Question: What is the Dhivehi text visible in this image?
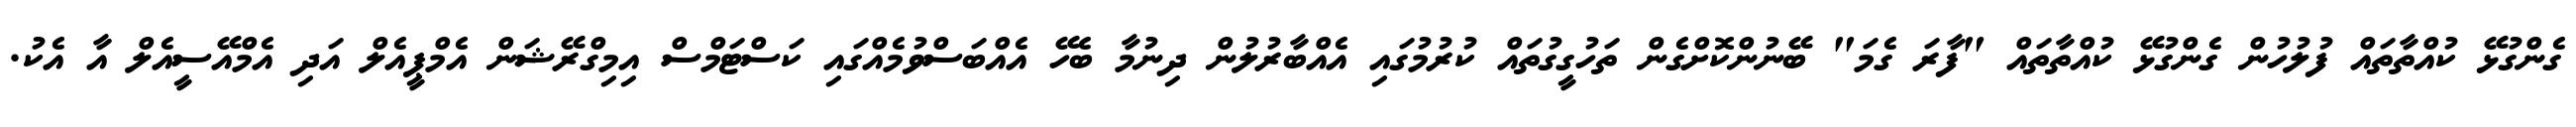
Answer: ގެންގުޅޭ ކުއްތާތައް ފުލުހުން ގެންގުޅޭ ކުއްތާތައް "ފާރަ ގެމަ" ބޭނުންކޮށްގެން ތަހުގީގުތައް ކުރުމުގައި އެއްބާރުލުން ދިނުމާ ބެހޭ އެއްބަސްވުމެއްގައި ކަސްޓަމްސް އިމިގްރޭޝަން އެމްޕީއެލް އަދި އެމްއޭސީއެލް އާ އެކު.